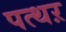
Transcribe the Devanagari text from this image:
पत्थऱ